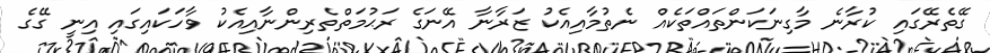
ގޭތެރޭގައި ކުރާނެ މާގިނަކަންތައްތަކެއް ނެތުމާއިއެކު ޒަރާނާ އޭނަގެ ރަޙުމަތްތެރިންނާއިއެކު ވާހަކައިގައި އިނީ ގޭގެ